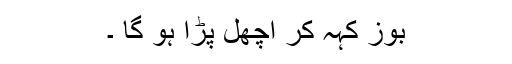
بوز کہہ کر اچھل پڑا ہو گا ۔